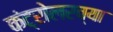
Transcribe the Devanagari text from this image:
कंट्रोलरच्या